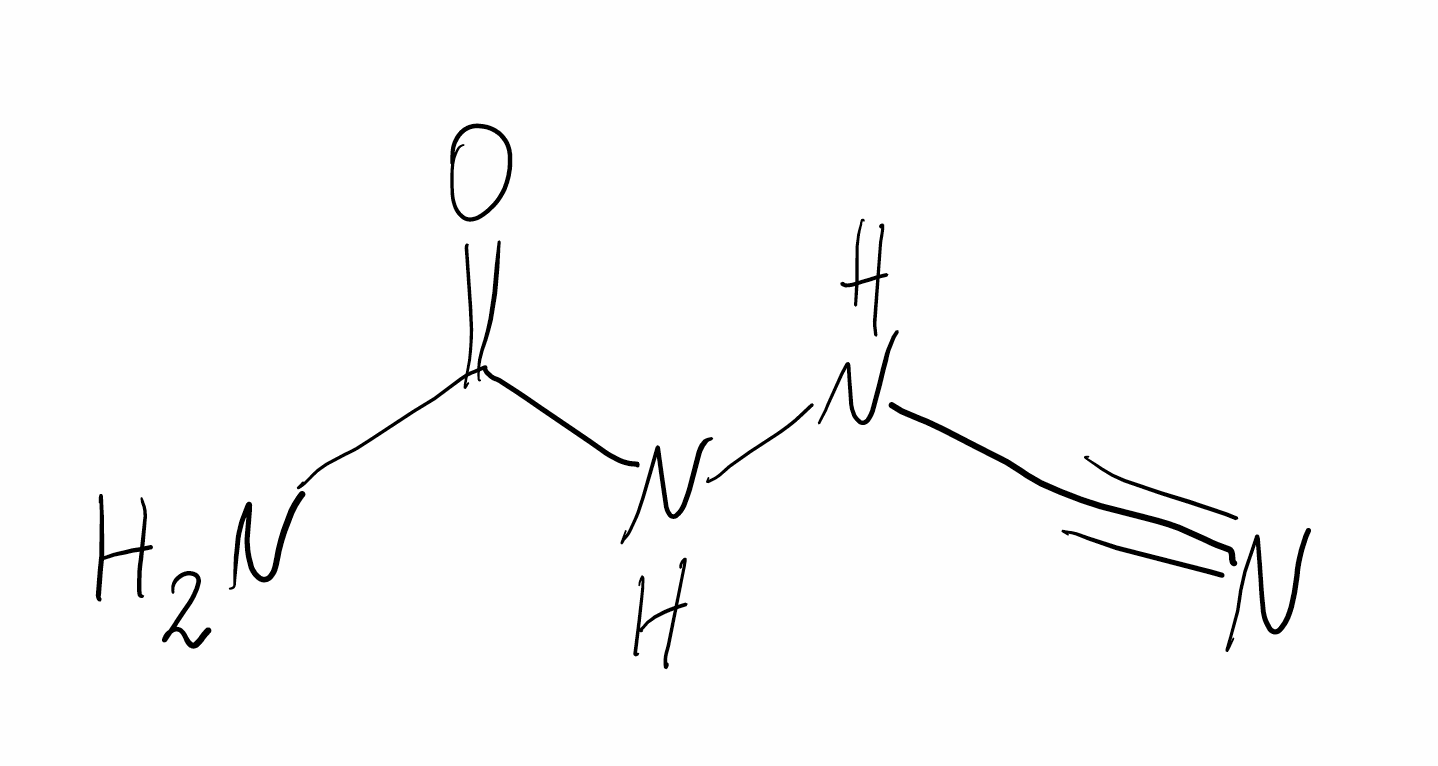
Simplified molecular-input line-entry system (SMILES) notation of the given molecule:
C(#N)NNC(=O)N